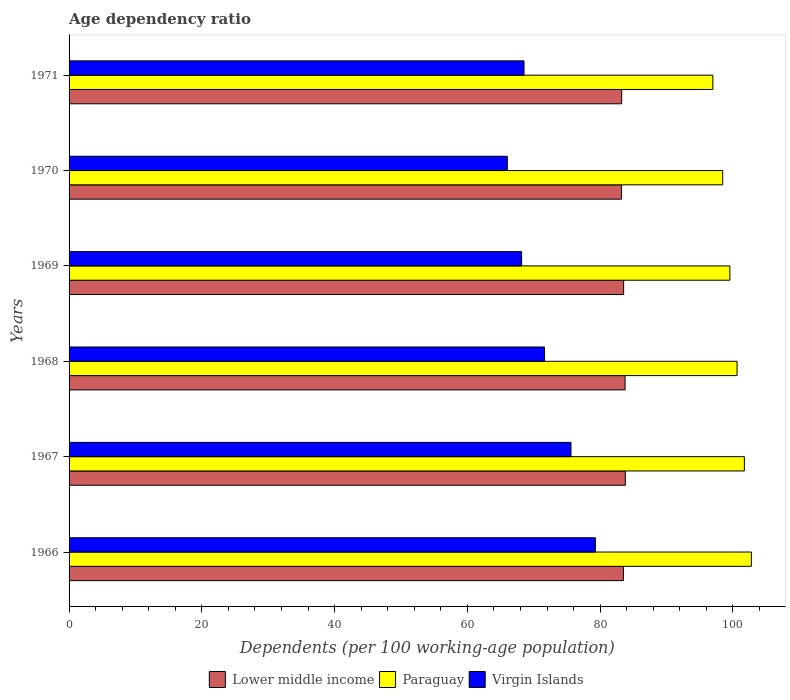
| Years | Lower middle income | Paraguay | Virgin Islands |
 | --- | --- | --- | --- |
 | 1966 | 83.5 | 103 | 79.3 |
 | 1967 | 83.8 | 102 | 75.6 |
 | 1968 | 83.8 | 101 | 71.6 |
 | 1969 | 83.5 | 99.5 | 68.2 |
 | 1970 | 83.2 | 98.5 | 66 |
 | 1971 | 83.2 | 97 | 68.5 |